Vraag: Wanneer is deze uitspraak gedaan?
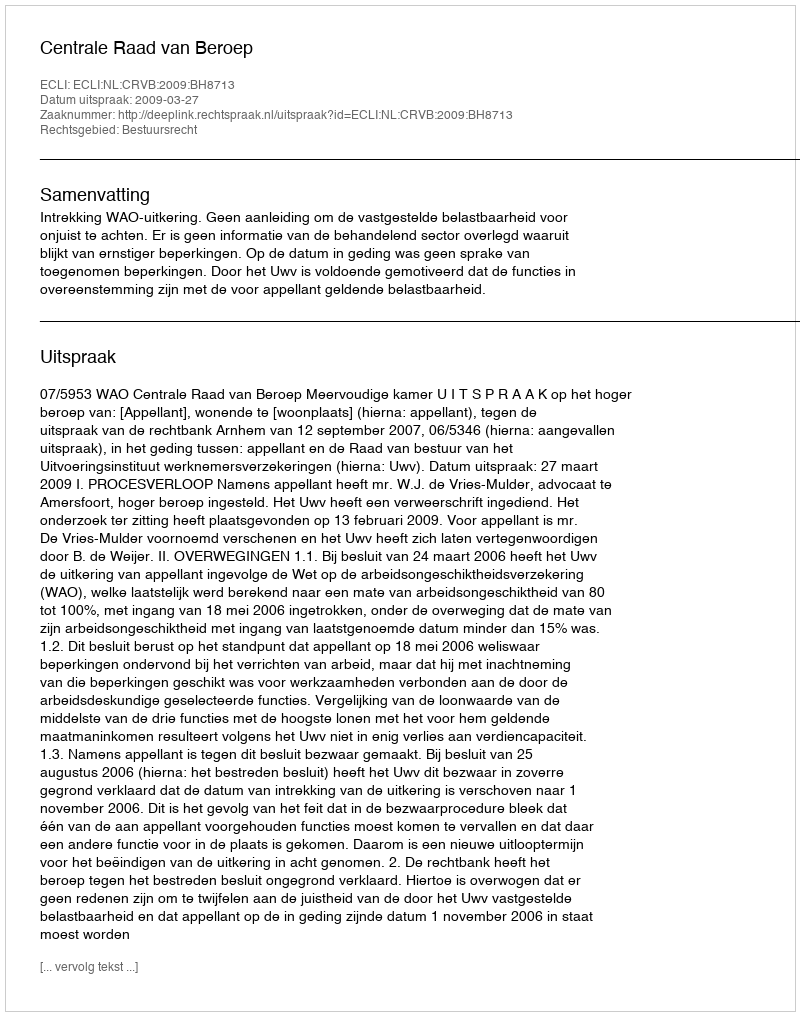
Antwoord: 2009-03-27